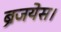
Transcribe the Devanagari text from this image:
ब्रजयेस।